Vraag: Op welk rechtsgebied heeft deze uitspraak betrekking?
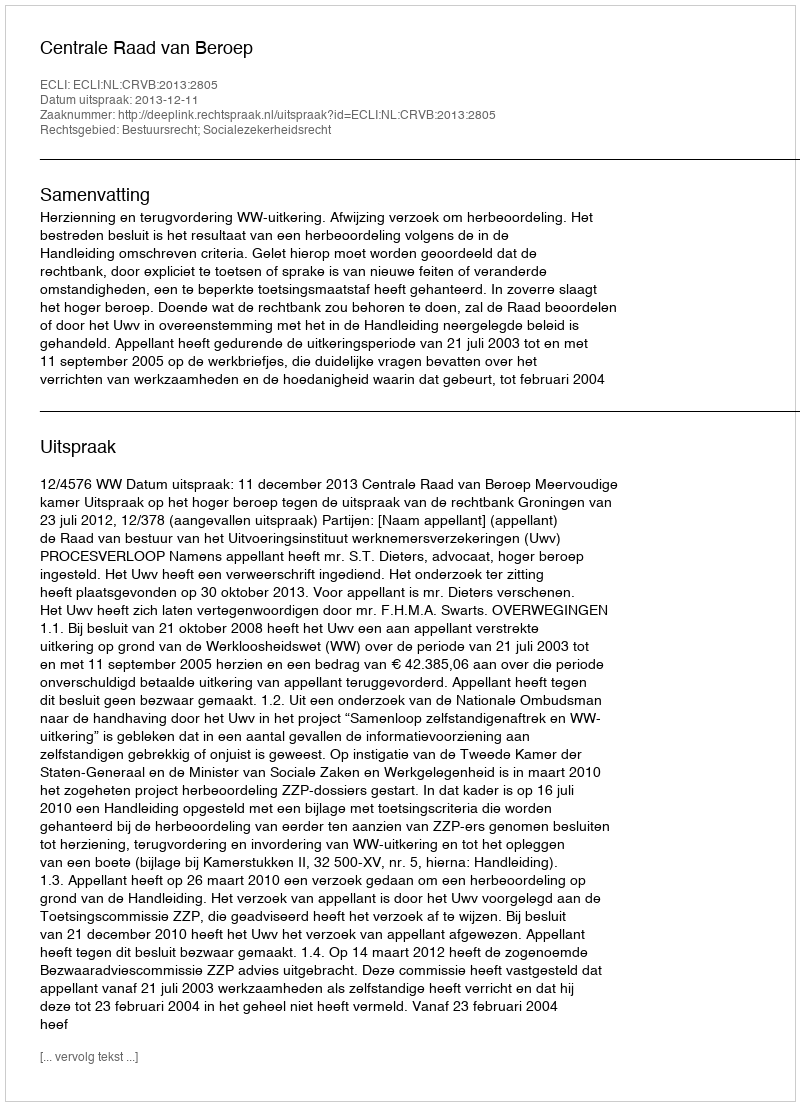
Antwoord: Bestuursrecht; Socialezekerheidsrecht